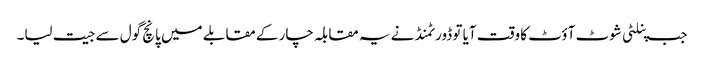
جب پنلٹی شوٹ آؤٹ کا وقت آیا تو ڈورٹمنڈ نے یہ مقابلہ چار کے مقابلے میں پانچ گول سے جیت لیا۔